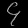
Digit: ၄